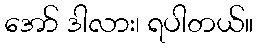
အော် ဒါလား၊ ရပါတယ်။